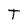
Character: T